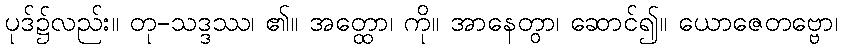
ပုဒ်၌လည်း။ တု-သဒ္ဒဿ၊ ၏။ အတ္ထော၊ ကို။ အာနေတွာ၊ ဆောင်၍။ ယောဇေတဗ္ဗော၊